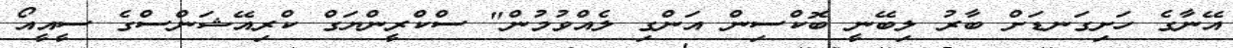
އޭނާގެ ހަށިގަނޑަށް ބާރު ލިބޭނީ ބޮކްސިން އަންގި ލެއްވުމުން" ސްކްރީންޔަގް ކްރިއޭޝަންސްގެ ސީއީއޯ